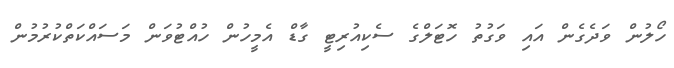
ހޯލުން ވަދެގެން އައި ވަގުތު ހޮޓަލްގެ ސެކިއުރިޓީ ގާޑް އެމީހުން ހުއްޓުވަން މަސައްކަތްކުރުމުން